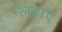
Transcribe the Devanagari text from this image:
लड़ाए